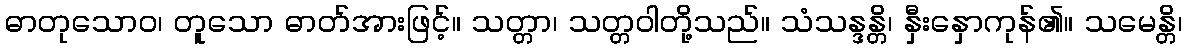
ဓာတုသောဝ၊ တူသော ဓာတ်အားဖြင့်။ သတ္တာ၊ သတ္တဝါတို့သည်။ သံသန္ဒန္တိ၊ နှီးနှောကုန်၏။ သမေန္တိ၊